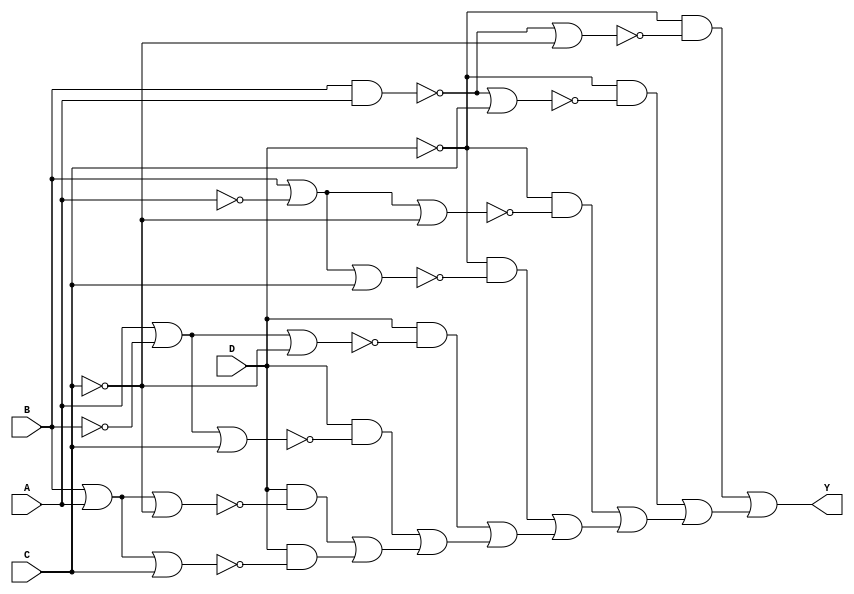
/* Generated by Yosys 0.15+31 (git sha1 a502570c2, x86_64-conda_cos6-linux-gnu-gcc 1.24.0.133_b0863d8_dirty -fvisibility-inlines-hidden -fmessage-length=0 -march=nocona -mtune=haswell -ftree-vectorize -fPIC -fstack-protector-strong -fno-plt -O2 -ffunction-sections -fdebug-prefix-map=/home/runner/work/conda-eda/conda-eda/workdir/conda-env/conda-bld/yosys_1647048242657/work=/usr/local/src/conda/yosys-0.15_32_ga502570c2 -fdebug-prefix-map=/home/bojorge/miniconda3/envs/ambiente_verilog=/usr/local/src/conda-prefix -fPIC -Os -fno-merge-constants) */

(* top =  1  *)
(* src = "ejercicio_30.v:1.1-7.10" *)
module ejercicio_30(A, B, C, D, Y);
  wire _00_;
  wire _01_;
  wire _02_;
  wire _03_;
  wire _04_;
  wire _05_;
  wire _06_;
  wire _07_;
  wire _08_;
  wire _09_;
  wire _10_;
  wire _11_;
  wire _12_;
  wire _13_;
  wire _14_;
  wire _15_;
  wire _16_;
  wire _17_;
  wire _18_;
  wire _19_;
  wire _20_;
  wire _21_;
  wire _22_;
  wire _23_;
  wire _24_;
  wire _25_;
  wire _26_;
  wire _27_;
  (* src = "ejercicio_30.v:3.11-3.12" *)
  input A;
  wire A;
  (* src = "ejercicio_30.v:3.14-3.15" *)
  input B;
  wire B;
  (* src = "ejercicio_30.v:3.17-3.18" *)
  input C;
  wire C;
  (* src = "ejercicio_30.v:3.20-3.21" *)
  input D;
  wire D;
  (* src = "ejercicio_30.v:4.12-4.13" *)
  output Y;
  wire Y;
  assign _24_ = B | A;
  assign _25_ = _24_ | C;
  assign _26_ = D & ~(_25_);
  assign _27_ = ~C;
  assign _00_ = _24_ | _27_;
  assign _01_ = D & ~(_00_);
  assign _02_ = _01_ | _26_;
  assign _03_ = A | ~(B);
  assign _04_ = _03_ | C;
  assign _05_ = D & ~(_04_);
  assign _06_ = _05_ | _02_;
  assign _07_ = _03_ | _27_;
  assign _08_ = D & ~(_07_);
  assign _09_ = _08_ | _06_;
  assign _10_ = ~D;
  assign _11_ = B | ~(A);
  assign _12_ = _11_ | C;
  assign _13_ = _10_ & ~(_12_);
  assign _14_ = _13_ | _09_;
  assign _15_ = _11_ | _27_;
  assign _16_ = _10_ & ~(_15_);
  assign _17_ = _16_ | _14_;
  assign _18_ = ~(B & A);
  assign _19_ = _18_ | C;
  assign _20_ = _10_ & ~(_19_);
  assign _21_ = _20_ | _17_;
  assign _22_ = _18_ | _27_;
  assign _23_ = _10_ & ~(_22_);
  assign Y = _23_ | _21_;
endmodule